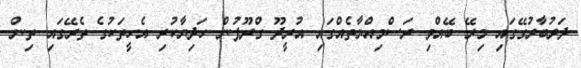
ދަރުބާރުގޭގައި މިރޭ ބޭއްވި ރަސްމިއްޔާތެއްގައި އުރީދޫ ގްރޫޕުން ހަދިޔާކުރި އެހީތަކުގެ ތެރޭގައި ތިން